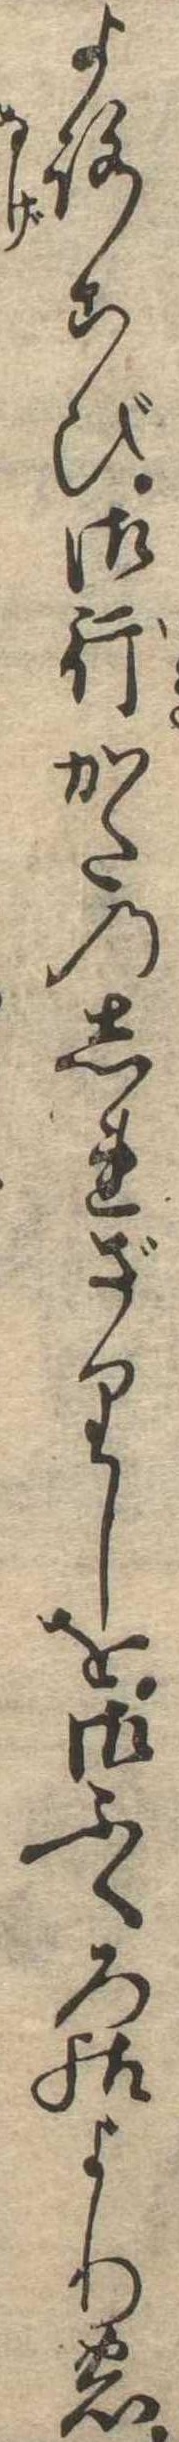
よろこび御行かたのしれざりしを御ふくろ様よりの